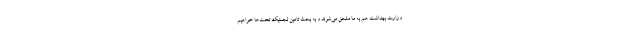
وزارت بهداشت هم به ما ملحق می‌شوند و به بحث تامین لجستیک تخت‌ها خواهیم